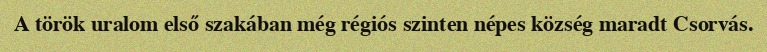
A török uralom első szakában még régiós szinten népes község maradt Csorvás.